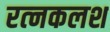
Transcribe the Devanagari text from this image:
रत्‍नकलश